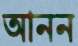
আনন